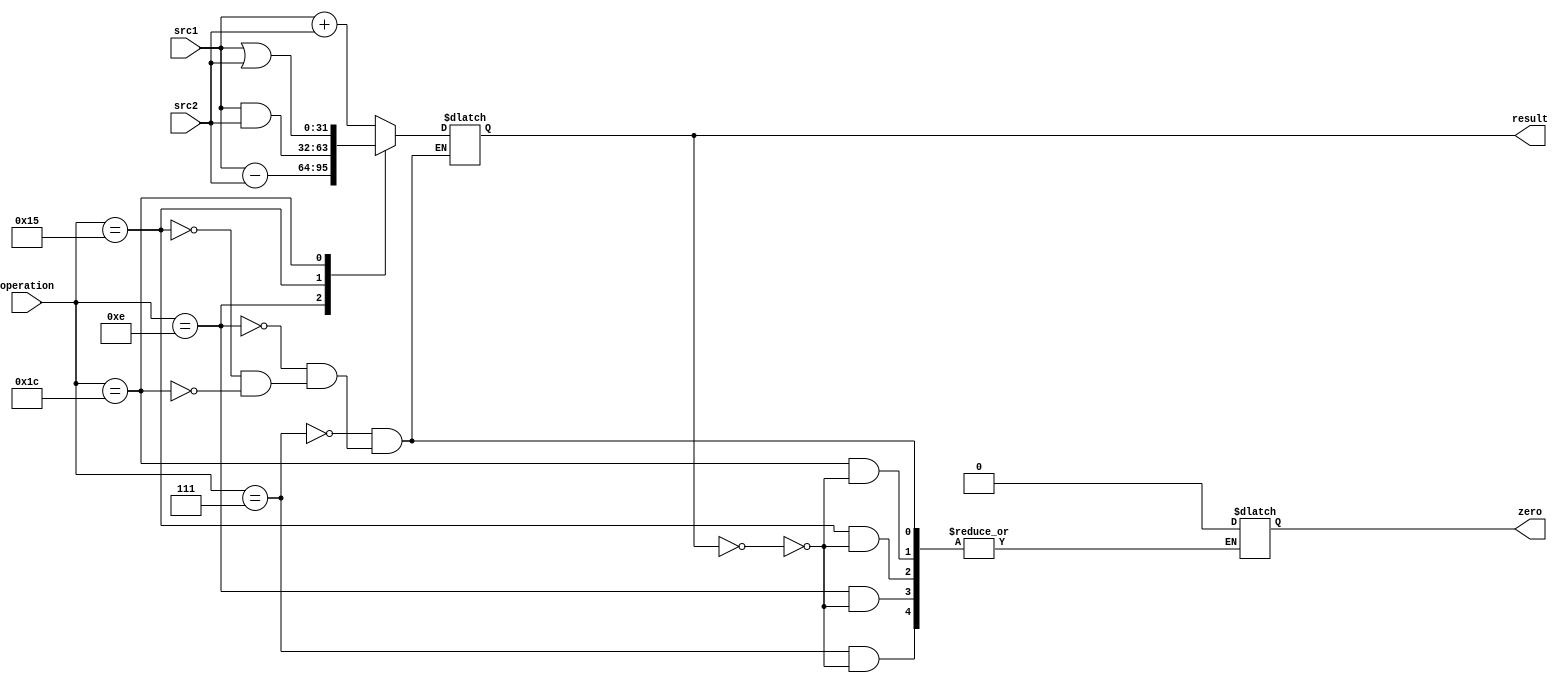
module ALUpro(
src1,
src2,
operation,
result,
zero);
input [31:0]src1,src2;
input [5:0]operation;
output reg [31:0]result;
output reg zero;

always@(*)
begin
case(operation)
7:
begin
result<=src1+src2;
if(result==0)
zero<=0;
end
14:begin
result<=src1-src2;
if(result==0)
zero<=0;
end
21:
begin
result<=src1&src2;
if(result==0)
zero<=0;
end
28:
begin
result<=src1|src2;
if(result==0)
zero<=0;
end
default:;
endcase
end 
endmodule